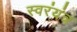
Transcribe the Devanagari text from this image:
स्वरंयंत्र